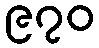
၉၇၀